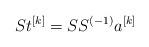
LaTeX: \begin{align*}St^{[k]} = SS^{(-1)}a^{[k]}\end{align*}